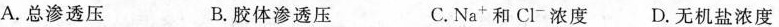
A.总渗透压 B.胶体渗透压 C. $$Na^{+}$$ 和 $$Cl^{-}$$ 浓度 D.无机盐浓度